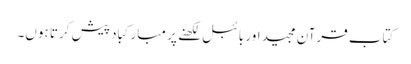
کتاب قرآن مجید اور بائبل لکھنے پر مبارکباد پیش کرتا ہوں۔